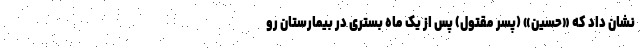
نشان داد که «حسین» (پسر مقتول) پس از یک ماه بستری در بیمارستان رو